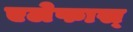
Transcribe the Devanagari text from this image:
एलेफास्